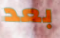
بعد